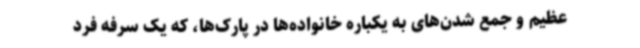
عظیم و جمع شدن‌های به یکباره خانواده‌ها در پارک‌ها، که یک سرفه فرد